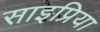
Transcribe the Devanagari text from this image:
साइप्रिया